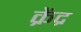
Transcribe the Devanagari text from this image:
क्रेंद्र